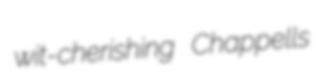
wit-cherishing Chappells